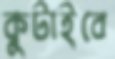
কুটাইবে